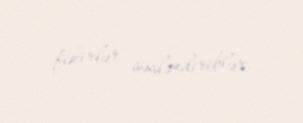
fikirlər səsləndiriblər.